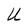
Character: U